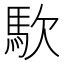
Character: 𮩹